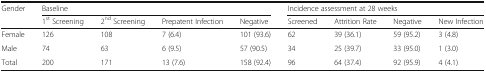
<table><thead><tr><td><b>Gender</b></td><td colspan="4"><b>Baseline</b></td><td colspan="4"><b>Incidence assessment at 28 weeks</b></td></tr><tr><td></td><td><b>1<sup>st</sup> Screening</b></td><td><b>2<sup>nd</sup> Screening</b></td><td><b>Prepatent Infection</b></td><td><b>Negative</b></td><td><b>Screened</b></td><td><b>Attrition Rate</b></td><td><b>Negative</b></td><td><b>New Infection</b></td></tr></thead><tbody><tr><td>Female</td><td>126</td><td>108</td><td>7 (6.4)</td><td>101 (93.6)</td><td>62</td><td>39 (36.1)</td><td>59 (95.2)</td><td>3 (4.8)</td></tr><tr><td>Male</td><td>74</td><td>63</td><td>6 (9.5)</td><td>57 (90.5)</td><td>34</td><td>25 (39.7)</td><td>33 (95.0)</td><td>1 (3.0)</td></tr><tr><td>Total</td><td>200</td><td>171</td><td>13 (7.6)</td><td>158 (92.4)</td><td>96</td><td>64 (37.4)</td><td>92 (95.9)</td><td>4 (4.1)</td></tr></tbody></table>